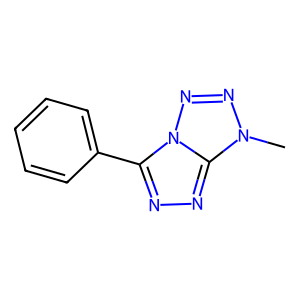
SMILES: Cn1nnn2c(-c3ccccc3)nnc12
Inhibits HIV replication: No